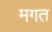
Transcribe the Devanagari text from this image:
मगत